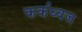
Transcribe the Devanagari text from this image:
कर्कध्वज